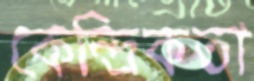
কেন্দ্রিকতা